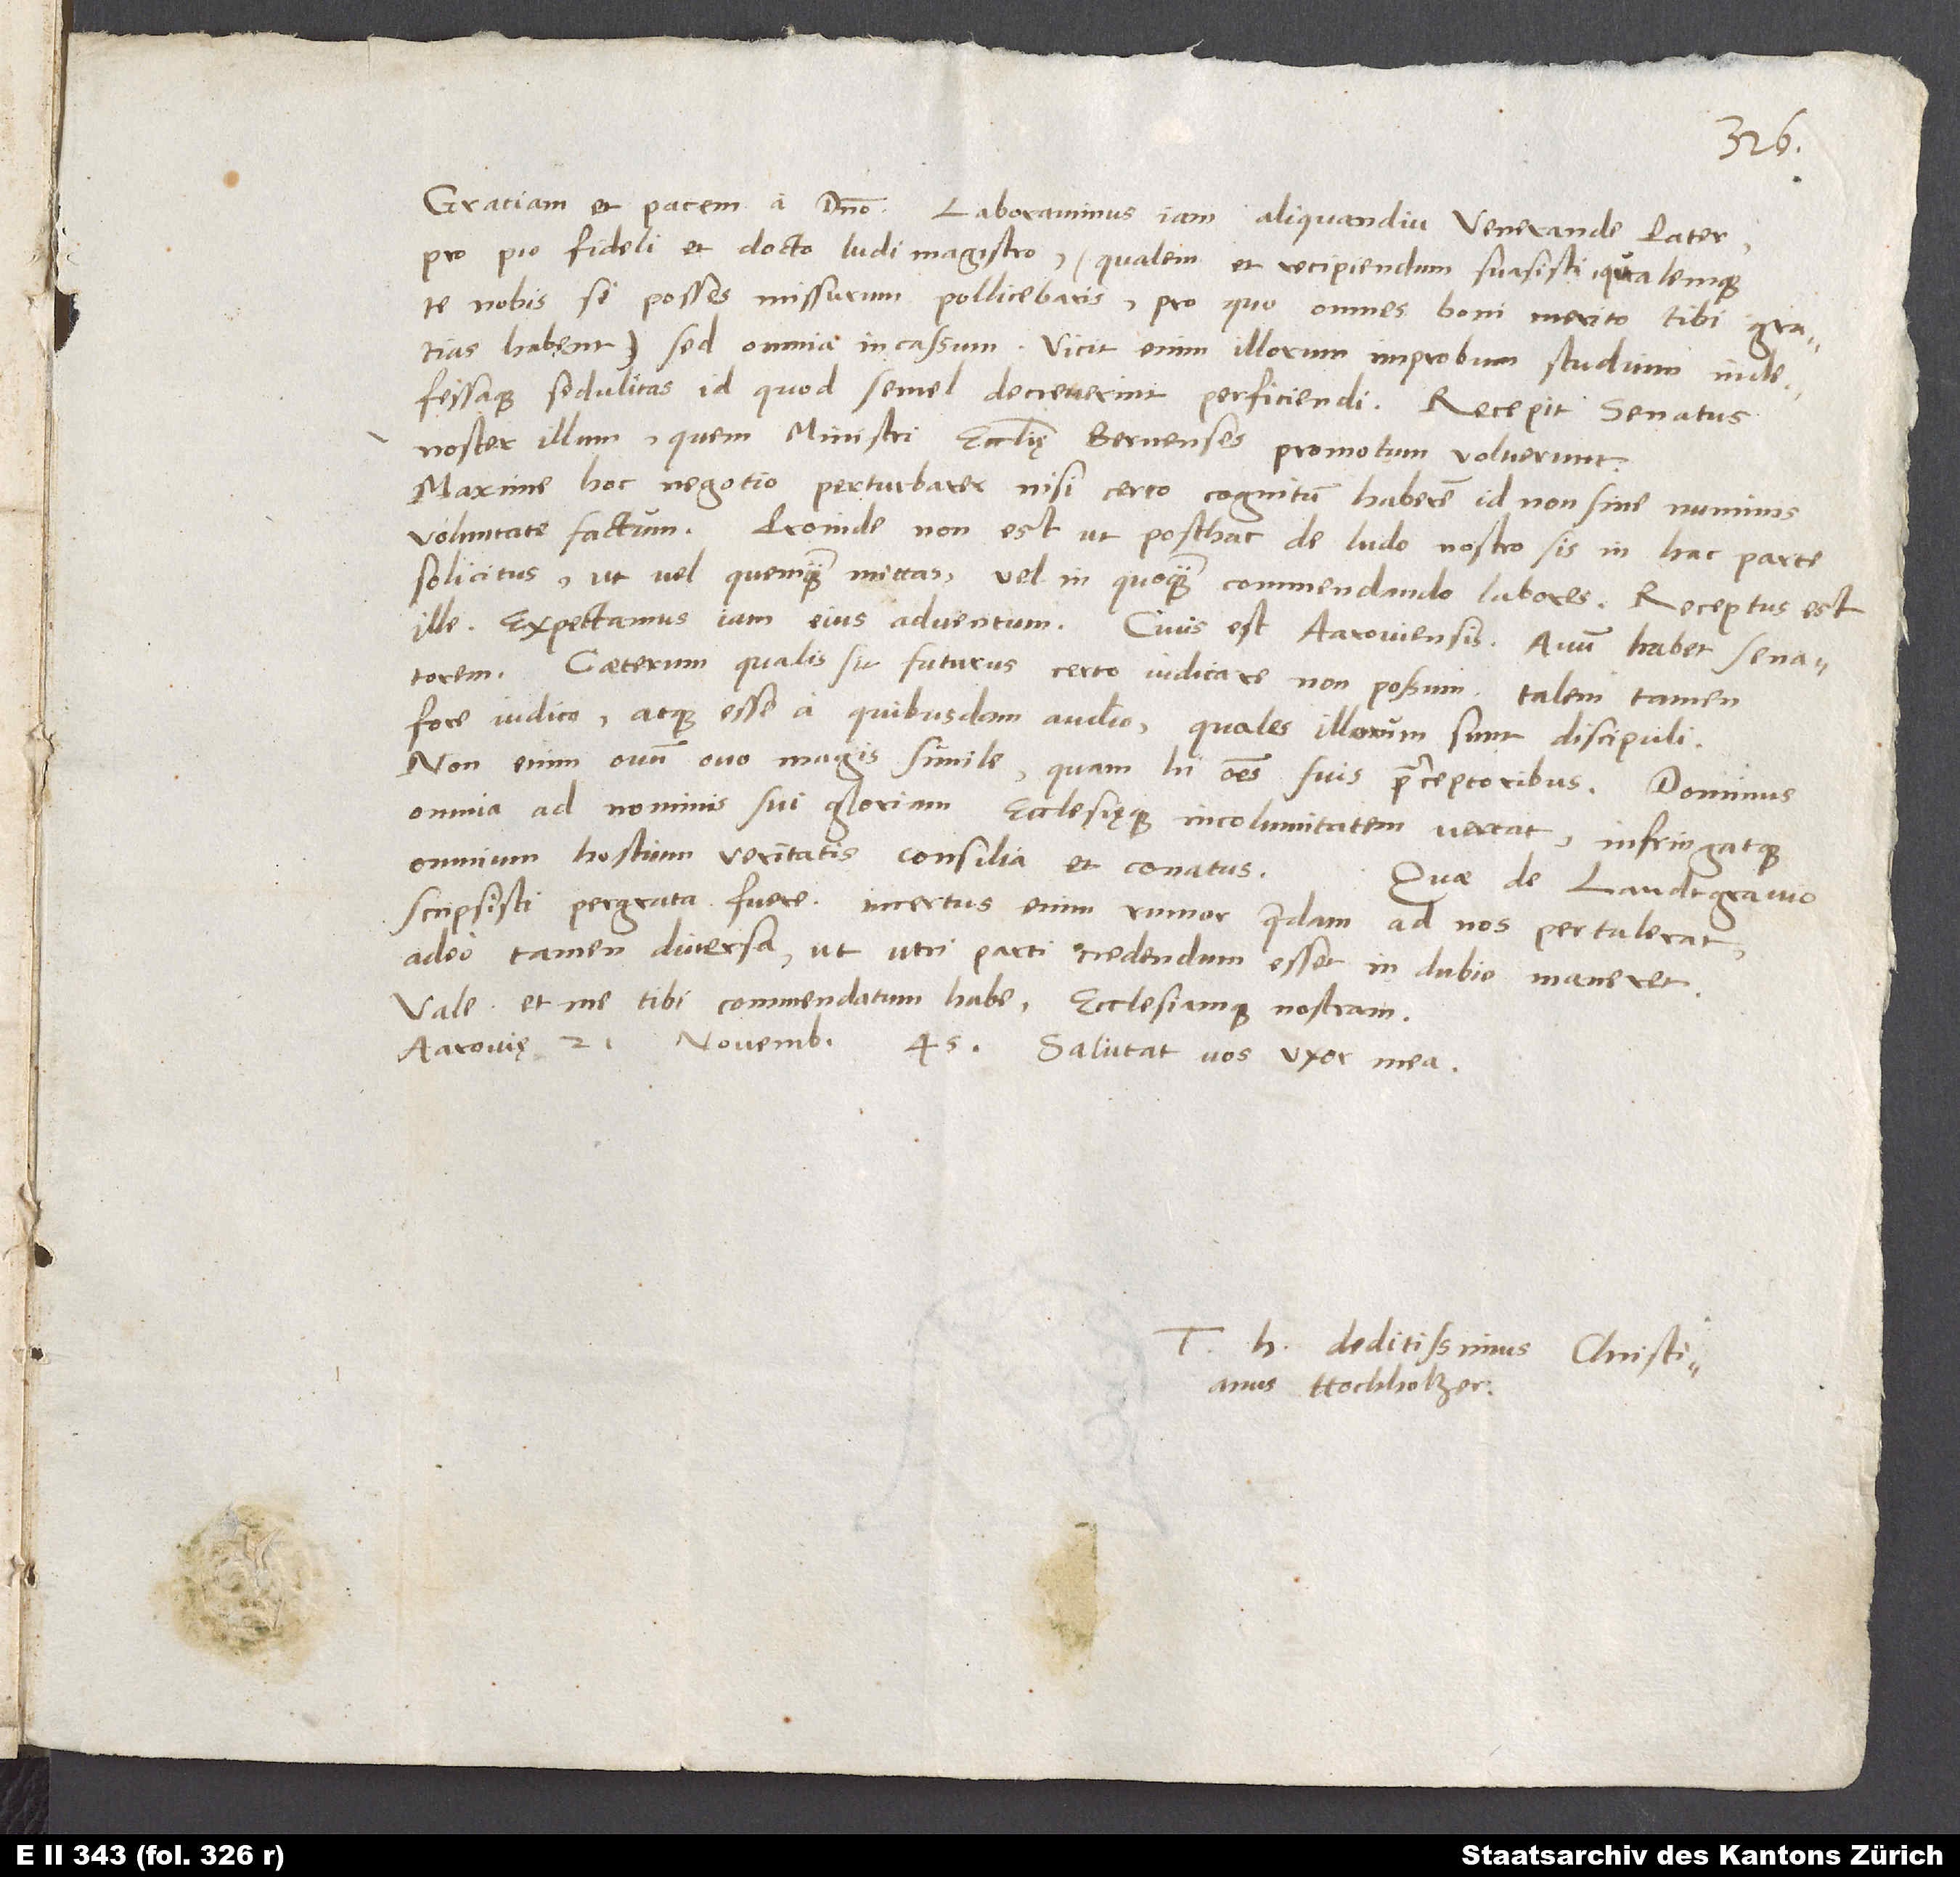
Gratiam et pacem a domino. Laboravimus iam aliquandiu, venerande pater,
pro pio, fideli et docto ludimagistro, qualem et recipiendum suasisti (qualemque
te nobis, si posses, missurum pollicebaris; pro quo omnes boni merito tibi gratias
habent). Sed omnia incassum! Vicit enim illorum improbum studium indefessaque
sedulitas id, quod semel decreverint, perficiendi. Recepit senatus
noster illum, quem ministri ecclesię Bernenses promotum voluerunt.
Maxime hoc negotio perturbarer, nisi certo cognitum haberem id non sine numinis
voluntate factum. Proinde non est, ut posthac de ludo nostro sis in hac parte
solicitus, ut vel quemquam mittas, vel in quoquam commendando labores. Receptus est
ille. Expectamus iam eius adventum. Civis est Aaroviensis. Avum habet senatorem.
Caeterum qualis sit futurus, certo iudicare non possum; talem tamen
fore iudico atque esse a quibusdam audio, quales illorum sunt discipuli.
Non enim ovum ovo magis simile quam hi omnes suis praeceptoribus. Dominus
omnia ad nominis sui gloriam ecclesięque incolumitatem vertat infringatque
omnium hostium veritatis consilia et conatus.
Quae de landtgravio
scripsisti, pergrata fuere; incertus enim rumor quaedam ad nos pertulerat,
adeo tamen diversa, ut, utri parti credendum esset, in dubio maneret.
Vale et me tibi commendatum habe ecclesiamque nostram.
Aarovię, 21. novembris 45. Salutat vos uxor mea.
deditissimus Christianus
Hochholzer.